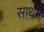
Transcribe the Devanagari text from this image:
साथमें